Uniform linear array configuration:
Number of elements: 16
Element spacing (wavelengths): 0.5
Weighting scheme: hann
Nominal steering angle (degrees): -60
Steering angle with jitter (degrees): -59.751
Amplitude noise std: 0.05
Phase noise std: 0.05

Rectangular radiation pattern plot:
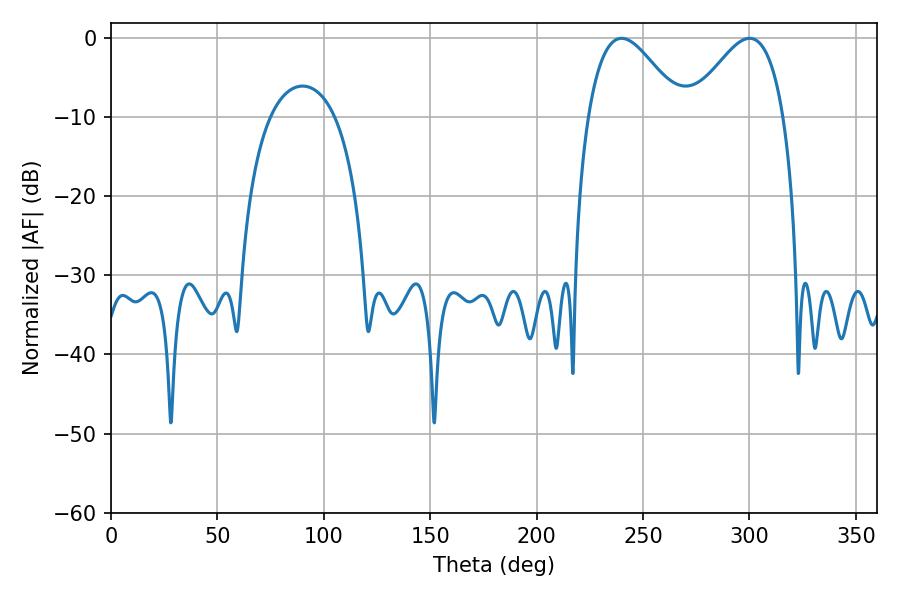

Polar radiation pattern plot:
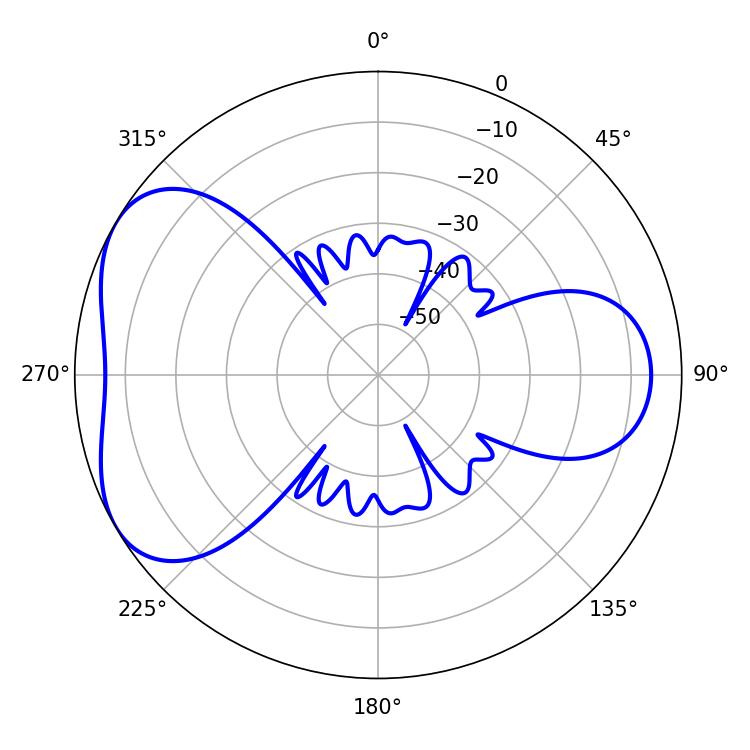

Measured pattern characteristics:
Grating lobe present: FALSE
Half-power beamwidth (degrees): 23.58
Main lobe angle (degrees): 239.94